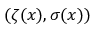
( \zeta ( x ) , \sigma ( x ) )